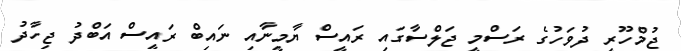
ޖުމްހޫރީ ދުވަހުގެ ރަސްމީ ޖަލްސާގައި ރައީސް ޔާމީނާއި ނައިބް ރައީސް އަބްދު ޖިހާދު